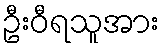
ဦးဝီရသူအား